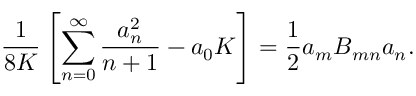
\frac { 1 } { 8 K } \left[ \sum _ { n = 0 } ^ { \infty } \frac { a _ { n } ^ { 2 } } { n + 1 } - a _ { 0 } K \right] = \frac { 1 } { 2 } a _ { m } B _ { m n } a _ { n } .